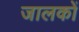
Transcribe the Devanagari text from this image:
जालकों